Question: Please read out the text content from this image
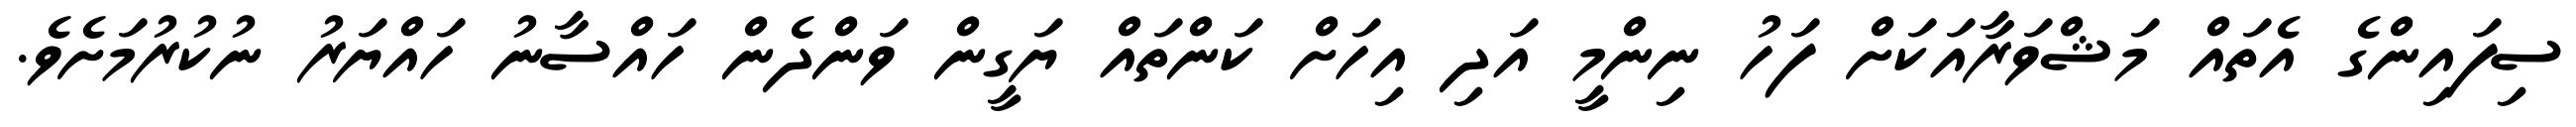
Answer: ސިފައިންގެ އެތައް މަޝްވަރާއަކަށް ފަހު ނިންމީ އަދި އިހަށް ކަންތައް ޔަގީން ވަންދެން ހައްސާނު ހައްޔަރު ނުކުރުމަށެވެ.